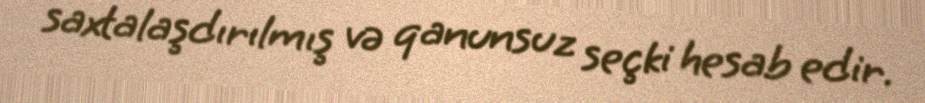
saxtalaşdırılmış və qanunsuz seçki hesab edir.